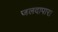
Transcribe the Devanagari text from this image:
जलदापारा